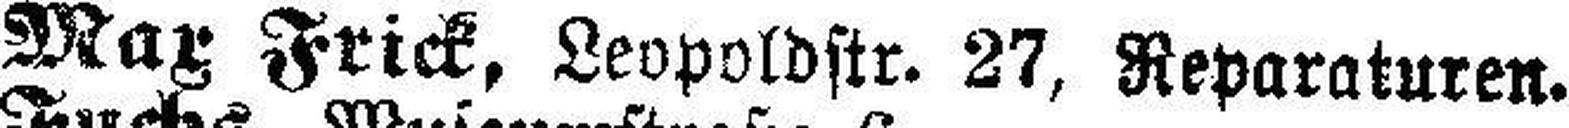
Max Frick, Leopoldstr. 27, Reparaturen.